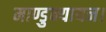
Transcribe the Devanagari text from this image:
माण्डुक्यायन।